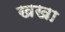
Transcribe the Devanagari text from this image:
खखा